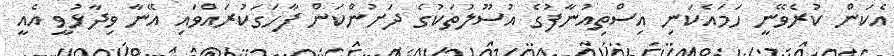
އެކަން ކުރެވޭނީ ހަމައެކަނި އިސްތިއުނާފުގެ އުސޫލުތަކުގެ ދަށުންކަން ފާހަގަކުރައްވައި އޭނާ ވިދާޅުވީ އެއީ